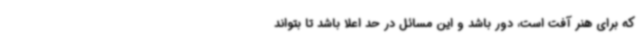
که برای هنر آفت است، دور باشد و این مسائل در حد اعلا باشد تا بتواند